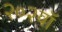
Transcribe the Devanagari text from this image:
२०२वॉ